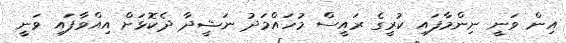
އިން ވަނީ ނިންމާފައި ކުރީގެ ރައީސް މުހައްމަދު ނަޝީދާ ދެކޮޅަށް އިއްވާފައި ވަނީ